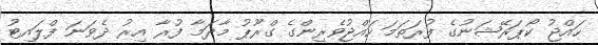
ހައްޖު ކޯޕަރޭޝަނުގެ ފުރަތަމަ ހައްޖުވެރިންގެ ގްރޫޕު މާދަމާ ފުރާ އިރު ދެވަނަ ފްލައިޓު